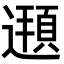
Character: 𨗶